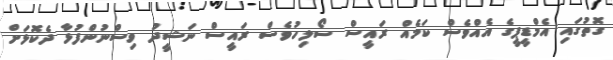
ގޮތުގައި އެމްޑީޕީގެ އެއްވެސް ކަމެއް ރައީސް ސޯލިހުވެސް ރައީސް ނަޝީދު ވިސްނުންފުޅާ ދެކޮޅަށް